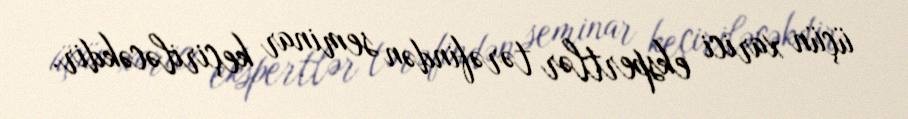
üçün xarici ekspertlər tərəfindən seminar keçiriləcəkdir.